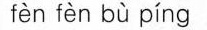
fèn fèn bù píng